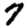
Digit: 7